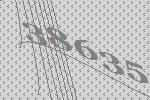
38635